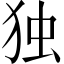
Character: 独